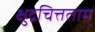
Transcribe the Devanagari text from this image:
क्षुद्रचित्तताम्